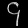
Digit: ၄